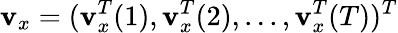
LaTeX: \mathbf v_{x}=(\mathbf v_{x}^{T}(1),\mathbf v_{x}^{T}(2),...,\mathbf v_{x}^{T}(T))^{T}